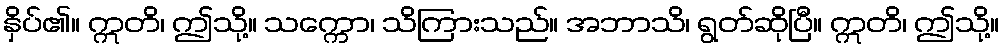
နှိပ်၏။ ဣတိ၊ ဤသို့။ သက္ကော၊ သိကြားသည်။ အဘာသိ၊ ရွတ်ဆိုပြီ။ ဣတိ၊ ဤသို့။